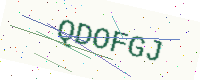
Text: QDOFGJ